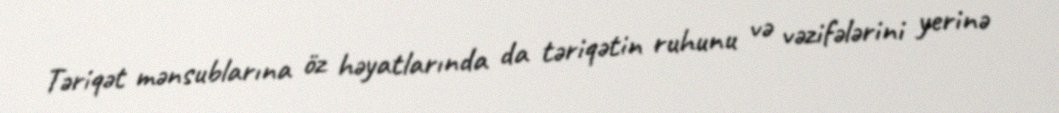
Təriqət mənsublarına öz həyatlarında da təriqətin ruhunu və vəzifələrini yerinə